Insane asylums Bombay 1873-77 - 1873-1877
Year: 1873
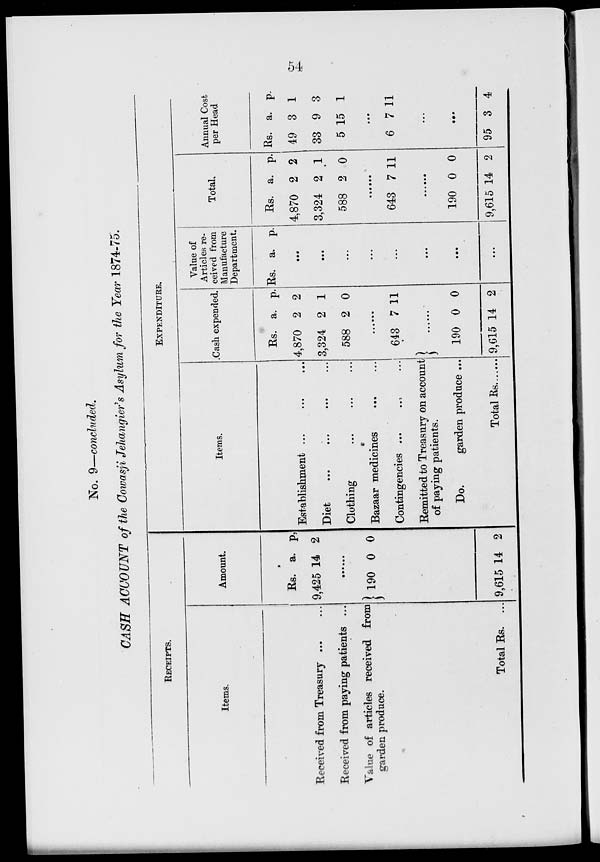
54
No. 9—concluded.
CASH ACCOUNT of the Cowasji Jehangier's Asylum for the Year 1874-75.
RECEIPTS.
Items.
Received from Treasury ... ...
Received from paying patients ...
Value of articles received from
garden produce.
Total Rs. ...
Amount.
Rs.
9,425
a.
14
p.
2
......
190 0 0
9,615 14 2
Items.
Establishment ... ... ...
Diet
...
...
...
...
Clothing ... ... ...
Bazaar medicines ... ...
Contingencies ... ... ...
Remitted to Treasury on account
of paying patients.
Do.
garden produce ...
Total Rs.......
EXPENDITURE.
Cash expended.
Rs.
4,870
3,324
588
a.
2
2
2
p.
2
1
0
......
643 7 11
190
9,615
0
14
0
2
Value of
Articles re-
ceived from
Manufacture
Department.
Rs. a. p.
...
...
...
...
...
...
...
...
Total.
Rs.
4,870
3,324
588
a.
2
2
2
p.
2
1
0
......
643 7 11
......
190
9,615
0
14
0
2
Annual Cost
per Head
Rs.
49
33
5
a.
3
9
15
p.
1
3
1
...
6 7 11
...
...
95 3 4